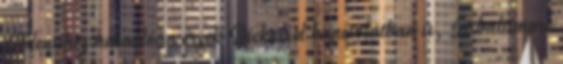
A fentihez hasonlóan érzek Dickerrel kapcsolatban is, A baltimore